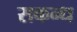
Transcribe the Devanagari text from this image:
सकन्ध